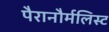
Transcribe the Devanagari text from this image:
पैरानौर्मलिस्ट